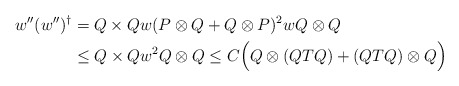
\begin{align*} w'' (w'')^\dagger &=Q\times Q w (P\otimes Q+ Q\otimes P)^2 w Q\otimes Q\\&\le Q\times Q w^2 Q\otimes Q \le C \Big( Q\otimes (QTQ) + (QTQ)\otimes Q \Big)\end{align*}